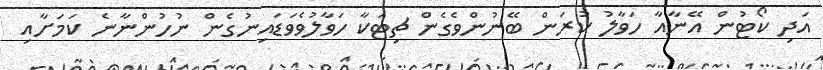
އަދި ކޯޓުން އޭނާއާ ހަވާލު ކުރަން ބޭނުންވެގެން ޗިޓަކާ ހަވާލުވެވަޑައިނުގެން ނުހުންނާނެ ކަމަށާއި